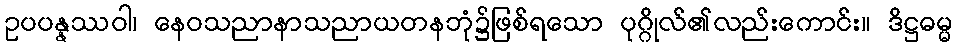
ဥပပန္နဿဝါ၊ နေဝသညာနာသညာယတနဘုံ၌ဖြစ်ရသော ပုဂ္ဂိုလ်၏လည်းကောင်း။ ဒိဋ္ဌဓမ္မ